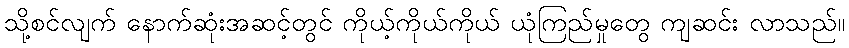
သို့စင်လျက် နောက်ဆုံးအဆင့်တွင် ကိုယ့်ကိုယ်ကိုယ် ယုံကြည်မှုတွေ ကျဆင်း လာသည်။